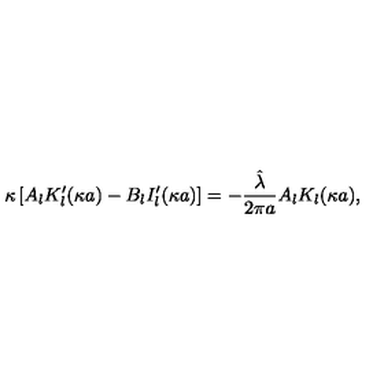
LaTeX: \kappa \left[ A _ { l } K _ { l } ^ { \prime } ( \kappa a ) - B _ { l } I _ { l } ^ { \prime } ( \kappa a ) \right] = - \frac { \hat { \lambda } } { 2 \pi a } A _ { l } K _ { l } ( \kappa a ) ,